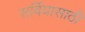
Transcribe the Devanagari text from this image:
सर्बियासाठी